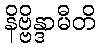
နိဗ္ဗိန္ဒာမီတိ